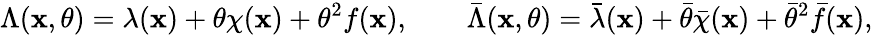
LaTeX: \Lambda(\mathbf{x},\theta)=\lambda(\mathbf{x})+\theta\chi(\mathbf{x})+\theta^{2}f(\mathbf{x}),\qquad\bar{{\Lambda}}(\mathbf{x},\theta)=\bar{{\lambda}}(\mathbf{x})+\bar{{\theta}}\bar{{\chi}}(\mathbf{x})+\bar{{\theta}}^{2}\bar{{f}}(\mathbf{x}),